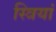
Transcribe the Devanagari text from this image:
स्‍त्रियां